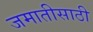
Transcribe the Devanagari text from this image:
जमातीसाठी